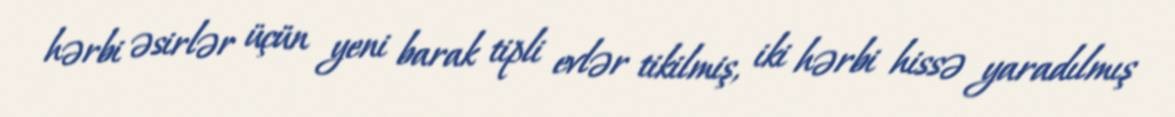
hərbi əsirlər üçün yeni barak tipli evlər tikilmiş, iki hərbi hissə yaradılmış